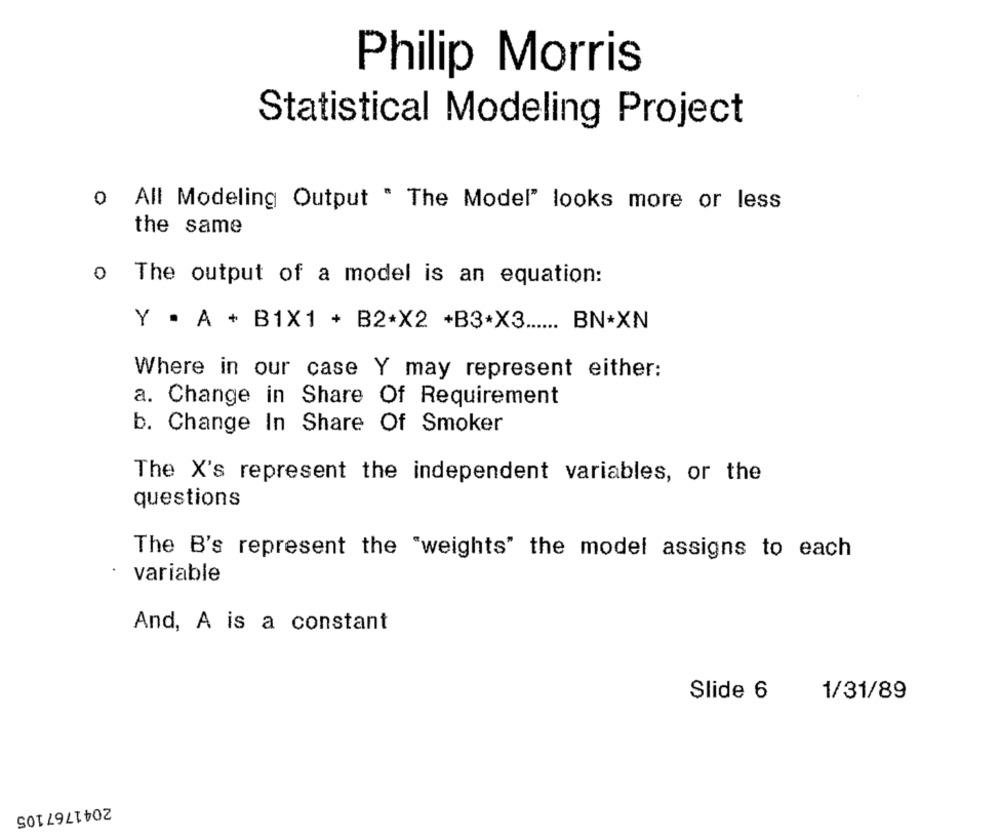
Philip Morris
Statistical Modeling Project
o All Modeling Output . The Model" looks more or less
the same
o The output of a model is an equation:
Y . A + B1X1 + B2*X2 +B3*X3 ...... BN*XN
Where in our case Y may represent either:
a. Change in Share Of Requirement
b. Change In Share Of Smoker
The X's represent the independent variables, or the
questions
The B's represent the "weights" the model assigns to each
variable
And, A is a constant
Slide 6
1/31/89
2041767105